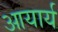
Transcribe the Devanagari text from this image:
आयार्य